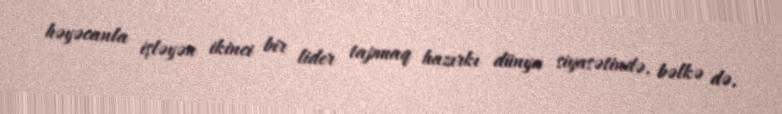
həyəcanla işləyən ikinci bir lider tapmaq hazırkı dünya siyasətində, bəlkə də,